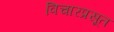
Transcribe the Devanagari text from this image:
विचारप्रसूत